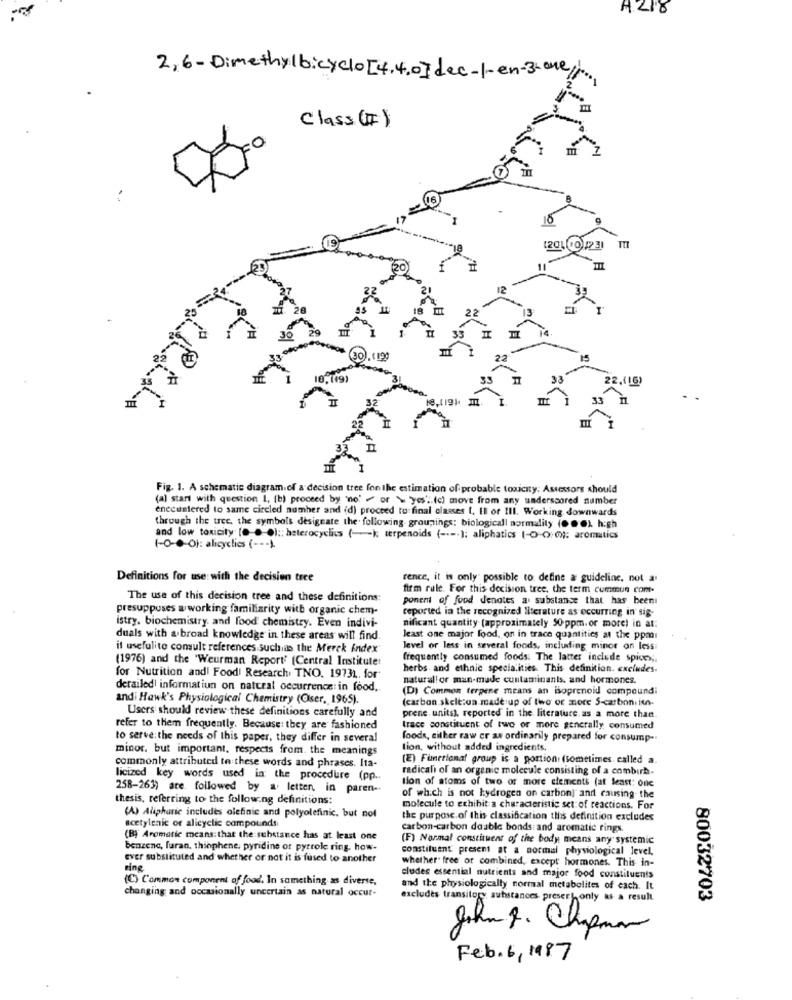
AZ18
2,6-Dimethylbicyclo[4. 4.0]dec-1-en-3-one/.
Class (F)
0
[201 00)1231
22.11G)
Fig. 1. A schematic diagram.of a decision tree fon the estimation of probable toxicity: Assessors should
(a) start with question I, (b) proceed by no"" or \ "yes" (c) move from any underscored number
enecuntered to same circled numher and (d) proceed to final classes [. Il or III. Working downwards
through the tree, the symbols designate the following groupings: biologicall normality (. . 'OL high
and low toxicity [0 .- 0) :; heterocyclics (-k terpenoids ( ---- ); aliphatics (-0-0:0): aromatics
1-o-0-O1: alicyclies (-)
Definitions for use with the decision tree
rence, it is only possible to define a guideline. not a
firm rule. For this decision tree, the term cummun com.
The use of this decision tree and these definitions:
ponent of food denotes a substance that has been
presuppuses a working familiarity with organic chem-
reported in the recognized literature as occurring in sig-
istry. biochemistry. and food chemistry. Even indivi-
nificant quantity (approximately 50 ppm. or more) in at:
duals with a broad knowledge in these areas will find.
least one major food, on in trace quantities at the ppma
il usefulito consult references suchas the Merck Index
level or less in several foods, including minor on less
(1976) and the 'Weurman Report (Central Institutet
frequently consumed foods. The latter include spices ;.
herbs and ethnic specialities. This definition. excludes.
for Nutrition and! Food Research TNO. 19731. for
natural! or man-made contaminants, and hormones.
derailed informatiun on natural occurrence: in food,
(D) Common terpene means an isoprenoid compoundi
andi Hawk's Physiological Chemistry (Oser, 1965).
(carbon skelt:un made up of two or more S-carbon.inn-
Users should review these definitions carefully and
prene units), reported in the literature. as a more than.
refer to them frequently. Because: they are fashioned
trace constituent of two or more generally consumed
to serve:the needs of this paper, they differ in several
foods, either raw er as ordinarily prepared for consump-
minor, but important, respects from. the meanings
tion, without added ingredients,
commonly attributed to these words and phrases. Ita-
(E) Functional group is a portion: (sometimes called a.
radicali of an organic molecule consisting of a combirh.
licized key words used in the procedure (pp ..
tion of atoms of two or more elements (at least: one
258-263) are. followed by a letten, in paren-
thesis, referring to the following definitions:
of which is not hydrogen on carbon) and causing the
molecule to exhibit a characteristic set of reactions. For
(A) Alipharic includes olefinic and polyolefinic. but not
acetylenic or alicyclic compounds
the purpose of this classification this definition excludes
carbon-carbon deable bonds: and aromatic rings.
(B) Aromatic means: that the substance has at least one
(F) Normal constituent of the body means any systemic
benzene, furan, thinphene, pyridine of pyrrole ring. how-
constituent present at a normal physiological level.
ever substituted and whether or not it is fused to another
whether" free or combined, except hormones. This in-
ting
(C) Common component of food. In something as diverse,
cludes essential nutrients and major food constituents
changing and occasionally uncertain as natural occur-
and the physiologically normal metabolites of each. It
excludes transitory substances preser, only as a result
80032703
John 9. Chapman
Feb. 6, 1987